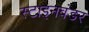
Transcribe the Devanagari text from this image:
स्टाइनवंडर